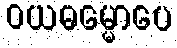
ဝယဓမ္မောပေ